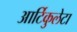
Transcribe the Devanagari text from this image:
आर्टिकुलेटा